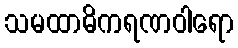
သမထာဓိကရဏဝါရော